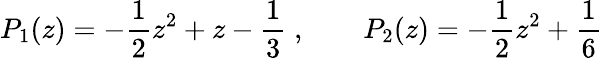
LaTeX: P_{1}(z)=-\frac{1}{2}z^{2}+z-\frac{1}{3}\; ,\qquad P_{2}(z)=-\frac{1}{2}z^{2}+\frac{1}{6}